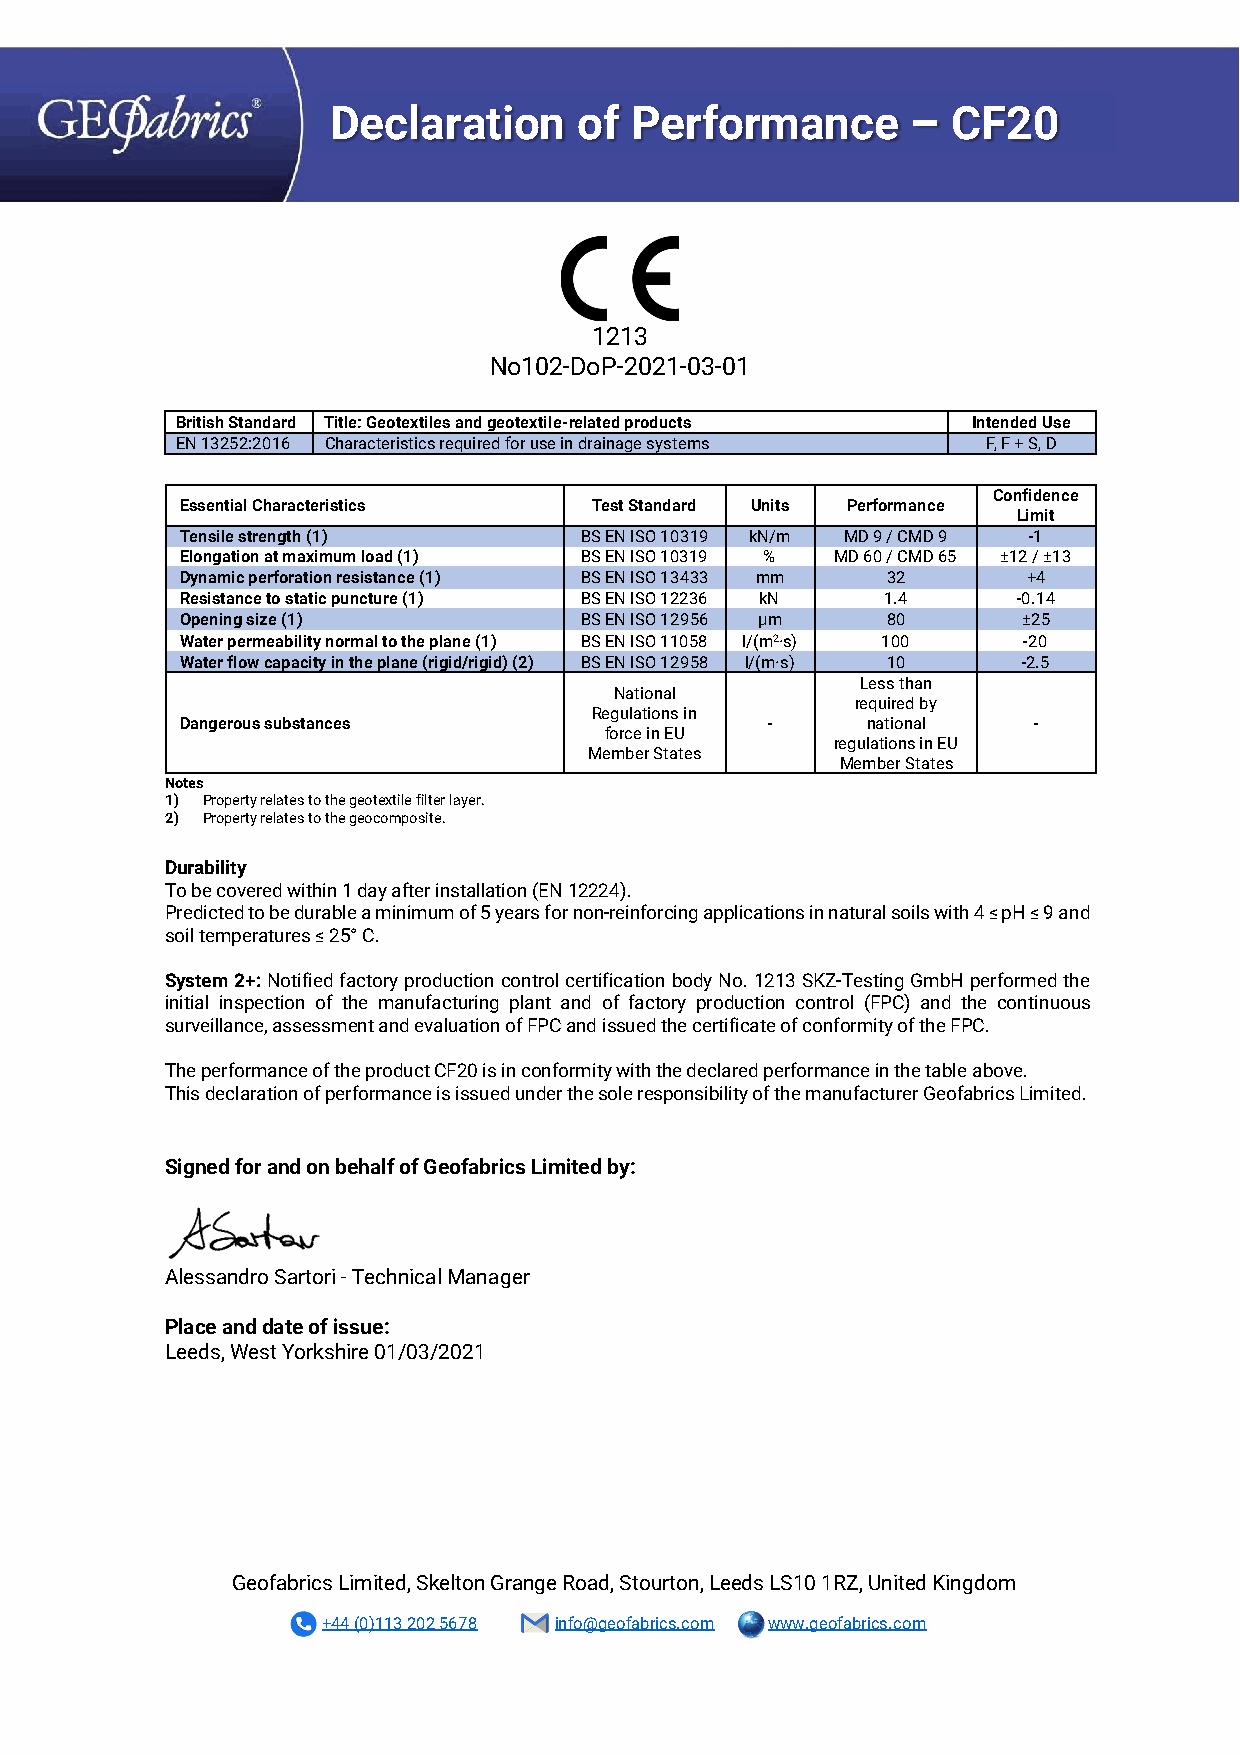
Declaration     of  Performance       –  CF20
 1213
 No102-DoP-2021-03-01
 British Standard Title: Geotextiles and geotextile-related products Intended Use
 EN 13252:2016 Characteristics required for use in drainage systems F, F + S, D
 Confidence
 Essential Characteristics  Test Standard Units Performance
 Limit
 Tensile strength (1)      BS EN ISO 10319 kN/m MD 9 / CMD 9 -1
 Elongation at maximum load (1) BS EN ISO 10319 % MD 60 / CMD 65 ±12 / ±13
 Dynamic perforation resistance (1) BS EN ISO 13433 mm 32 +4
 Resistance to static puncture (1) BS EN ISO 12236 kN 1.4 -0.14
 Opening size (1)          BS EN ISO 12956 µm   80       ±25
 Water permeability normal to the plane (1) BS EN ISO 11058 l/(m2·s) 100 -20
 Water flow capacity in the plane (rigid/rigid) (2) BS EN ISO 12958 l/(m·s) 10 -2.5
 Less than
 National
 required by
 Regulations in
 Dangerous substances                   -     national   -
 force in EU
 regulations in EU
 Member States
 Member States
 Notes
 1) Property relates to the geotextile filter layer.
 2) Property relates to the geocomposite.
 Durability
 To be covered within 1 day after installation (EN 12224).
 Predicted to be durable a minimum of 5 years for non-reinforcing applications in natural soils with 4 ≤ pH ≤ 9 and
 soil temperatures ≤ 25° C.
 System 2+: Notified factory production control certification body No. 1213 SKZ-Testing GmbH performed the
 initial inspection of the manufacturing plant and of factory production control (FPC) and the continuous
 surveillance, assessment and evaluation of FPC and issued the certificate of conformity of the FPC.
 The performance of the product CF20 is in conformity with the declared performance in the table above.
 This declaration of performance is issued under the sole responsibility of the manufacturer Geofabrics Limited.
 Signed for and on behalf of Geofabrics Limited by:
 Alessandro Sartori - Technical Manager
 Place and date of issue:
 Leeds, West Yorkshire 01/03/2021
 Geofabrics Limited, Skelton Grange Road, Stourton, Leeds LS10 1RZ, United Kingdom
 +44 (0)113 202 5678 info@geofabrics.com www.geofabrics.com